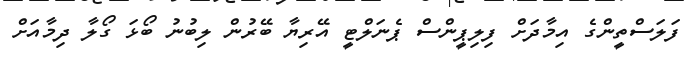
ފަލަސްތީންގެ އިމާދަށް ފިލިޕީންސް ޕެނަލްޓީ އޭރިޔާ ބޭރުން ލިބުނު ބޯޅަ ގޯލާ ދިމާއަށް